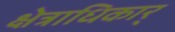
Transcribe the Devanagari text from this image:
क्षेत्राधिकार्